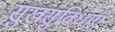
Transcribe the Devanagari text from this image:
सुखसुविधाएँ